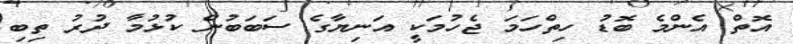
އޮތް އެންމެ ބޮޑު ހިތްހަމަ ޖެހުމަކީ އަނިޔާގެ ސަބަބުން ކުޅުމާ ދުރު ތިބި